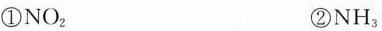
①NO_{2| ②NH_{3|